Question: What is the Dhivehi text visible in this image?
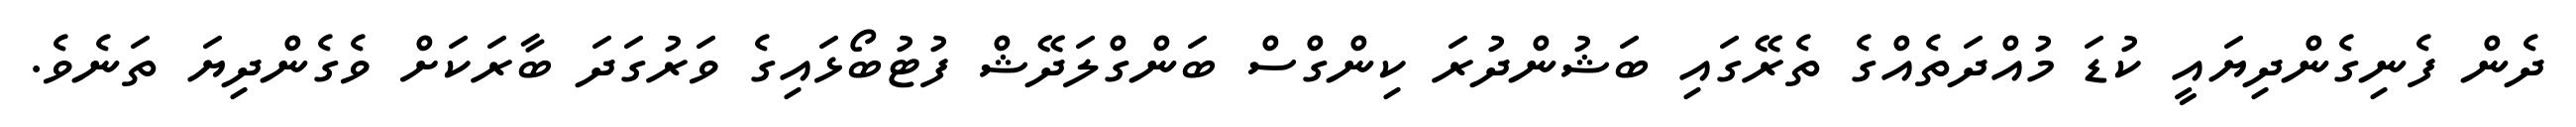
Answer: ދެން ފެނިގެންދިޔައީ ކުޑަ މުއްދަތެއްގެ ތެރޭގައި ބަޝުންދުރަ ކިންގްސް ބަންގްލަދޭޝް ފުޓުބޯޅައިގެ ވަރުގަދަ ބާރަކަށް ވެގެންދިޔަ ތަނެވެ.